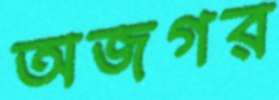
অজগর